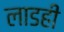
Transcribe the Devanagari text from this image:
लाडही